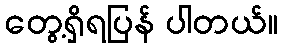
တွေ့ရှိရပြန် ပါတယ်။